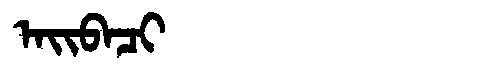
Manchu: ᠠᡳᠪᠠᠴᡳ
Romanization: AIBACI